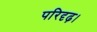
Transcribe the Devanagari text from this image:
परिदृढ़।